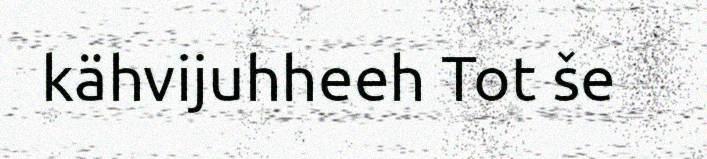
kähvijuhheeh Tot še